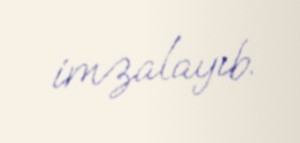
imzalayıb.